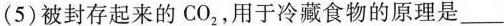
(5)被封存起来的CO_{2}，用于冷藏食物的原理是___。